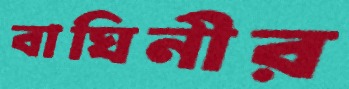
বাঘিনীর